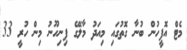
މެޓް އޮފީހުން ބުނާ ގޮތުގައި މިއަދު މާލޭގެ ފިނިހޫނު މިން ހުރީ 33